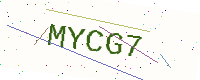
Text: MYCG7